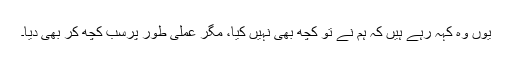
یوں وہ کہہ رہے ہیں کہ ہم نے تو کچھ بھی نہیں کیا، مگر عملی طور پرسب کچھ کر بھی دیا۔